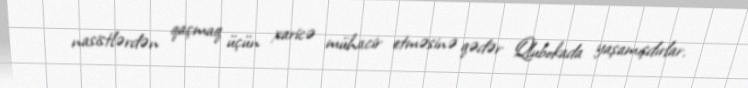
nasistlərdən qaçmaq üçün xaricə mühacir etməsinə qədər Qlubokada yaşamışdırlar.